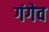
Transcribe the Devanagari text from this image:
गंगेव